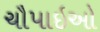
ચૌપાઇઓ